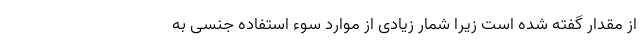
از مقدار گفته شده است زیرا شمار زیادی از موارد سوء استفاده جنسی به